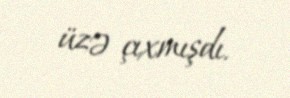
üzə çıxmışdı.